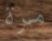
مرة